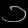
Digit: ၁